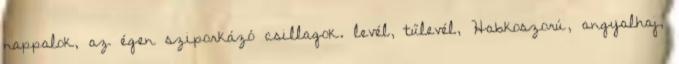
nappalok, az égen sziporkázó csillagok. levél, tűlevél, Habkoszorú, angyalhaj,